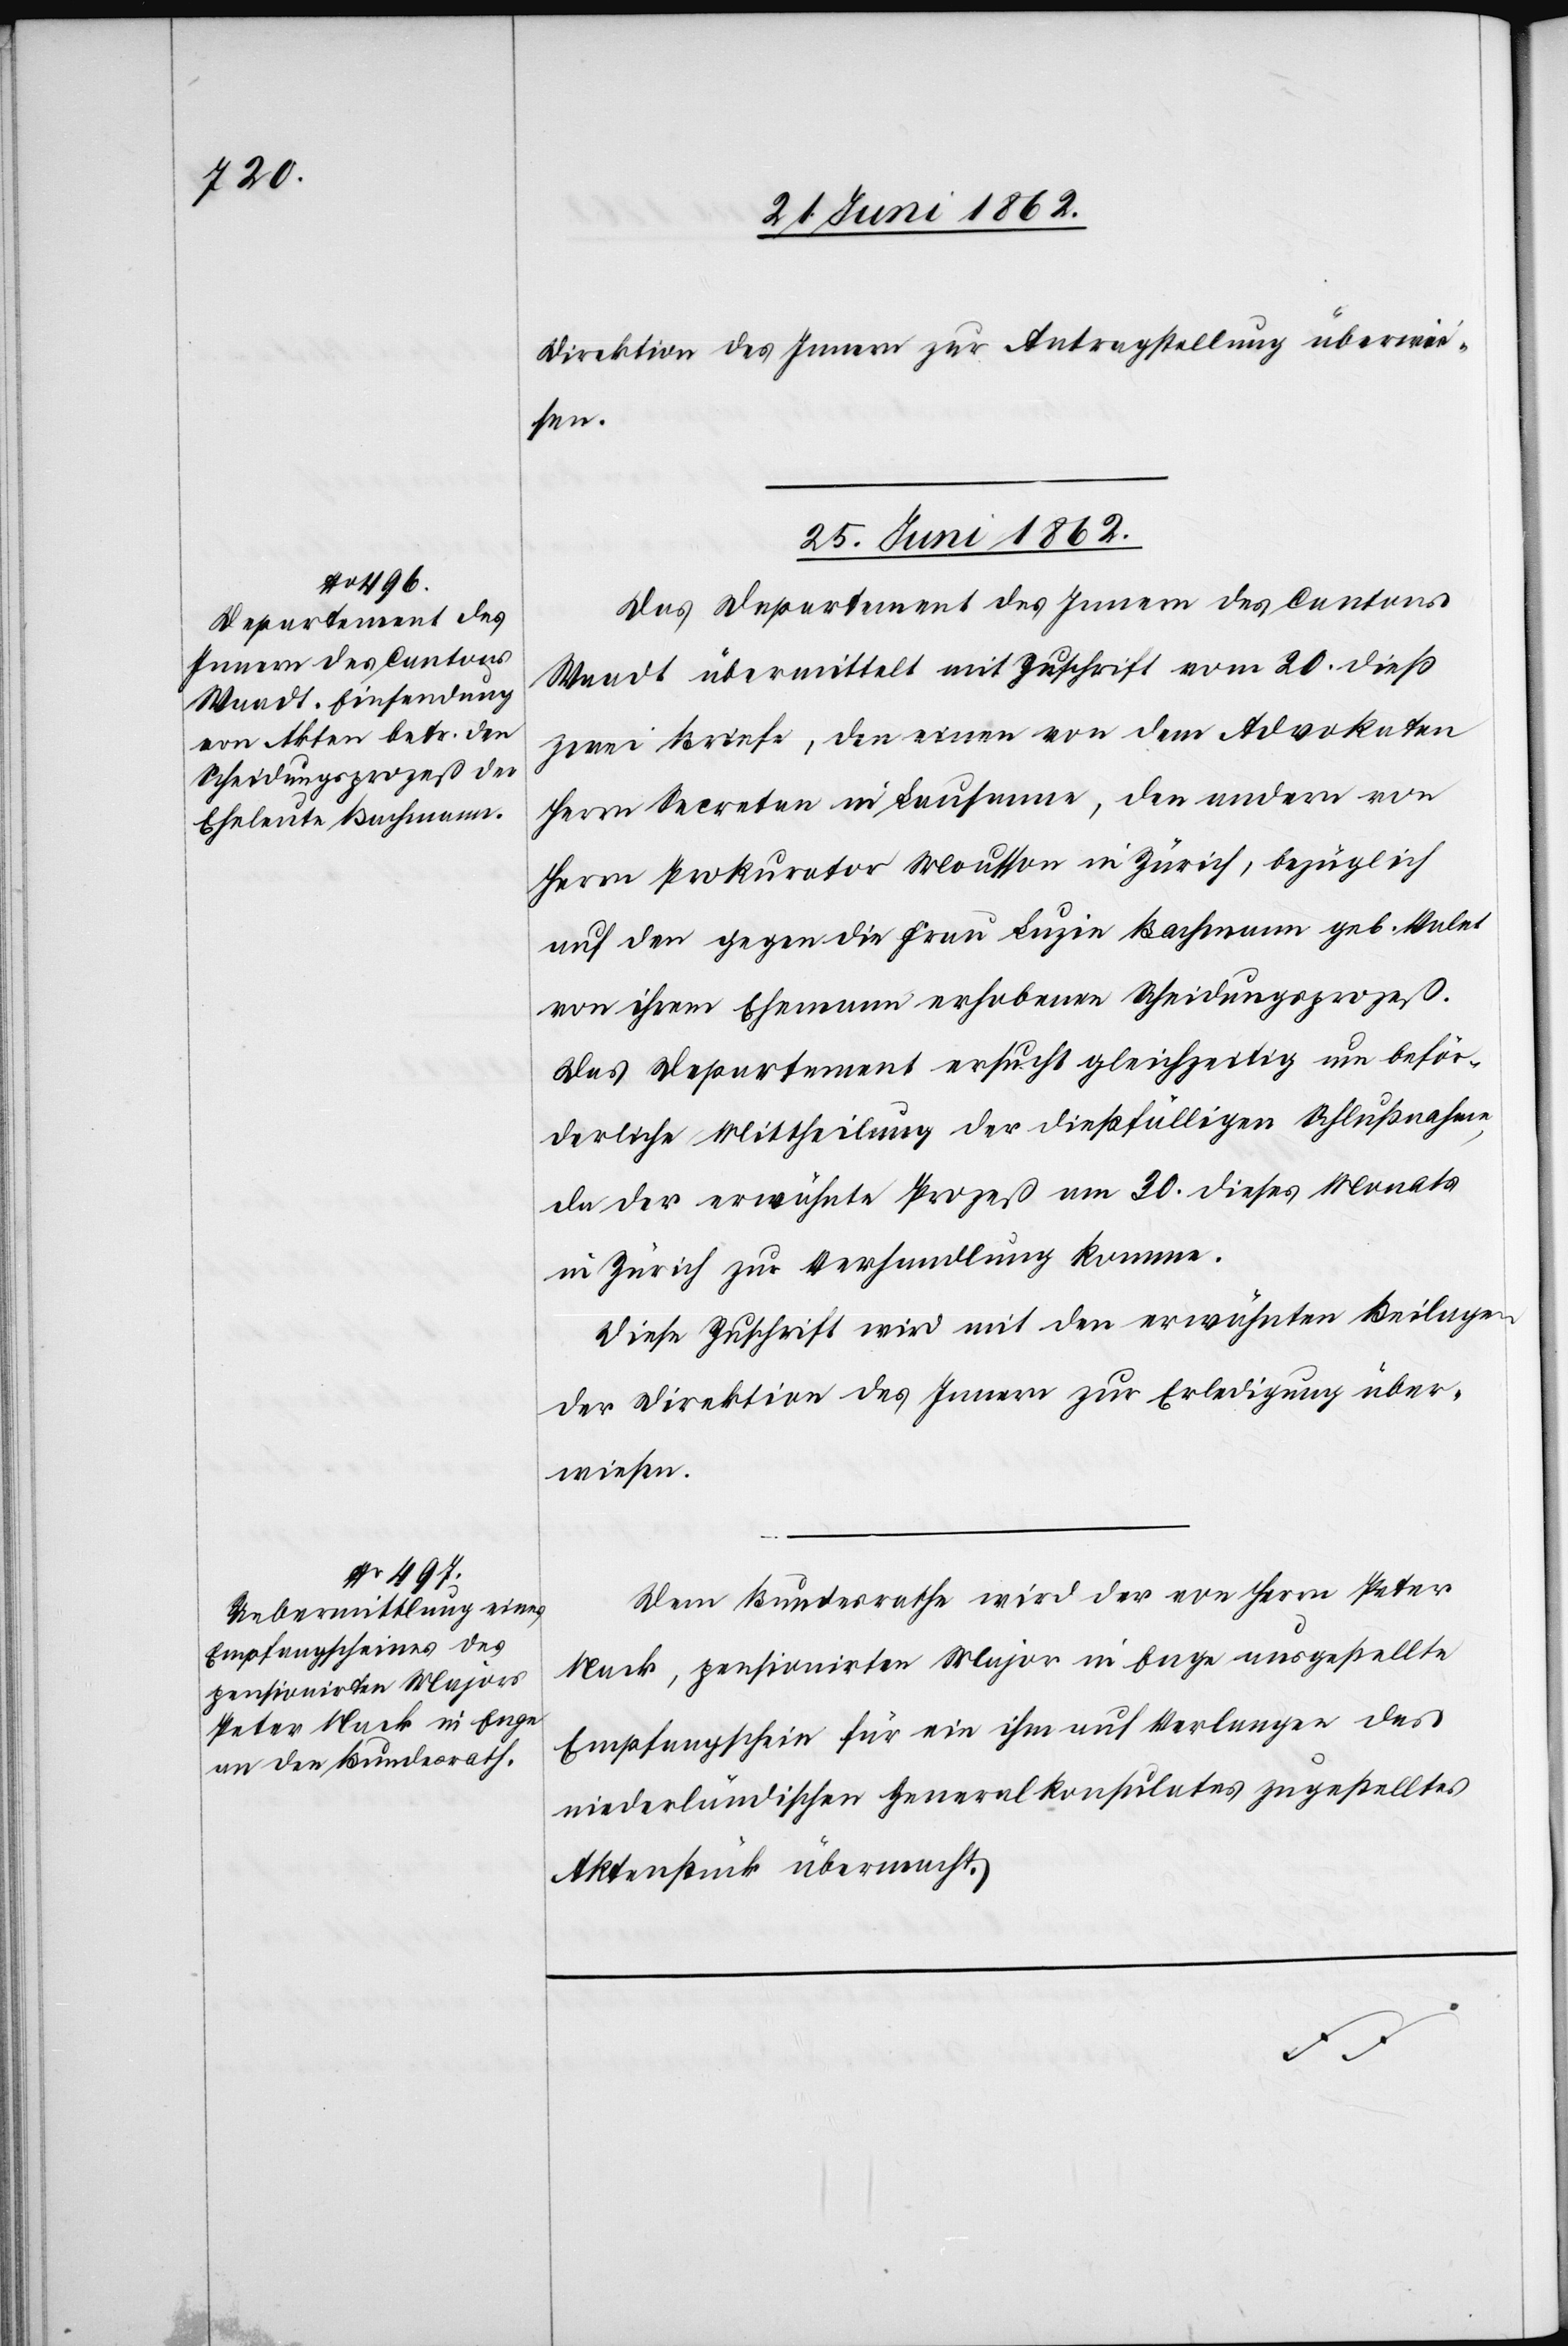
Direktion des Innern zur Antragstellung überwie¬
sen.
25. Juni 1862.]
Das Departement des Innern des Cantons
Waadt übermittelt mit Zuschrift vom 20. dieß
zwei Briefe, den einen von dem Advokaten
Herrn Secretar in Lausanne, den andern von
Herrn Prokurator Mousson in Zürich, bezüglich
auf den gegen die Frau Luzie Bachmann geb. Valte
von ihrem Ehemann erhobenen Scheidungsprozeß.
Das Departement ersucht gleichzeitig um beför¬
derliche Mittheilung der dießfälligen Schlußnahme,
da der erwähnte Prozeß am 30. dieses Monats
in Zürich zur Verhandlung komme.
Diese Zuschrift wird mit den erwähnten Beilagen
der Direktion des Innern zur Erledigung über¬
wiesen.
Dem Bundesrathe wird der von Herrn Peter
Nack, pensionirten Major in Enge ausgestellte
Empfangschein für ein ihm auf Verlangen des
niederländischen Generalkonsulates zugestelltes
Aktenstück übermacht.